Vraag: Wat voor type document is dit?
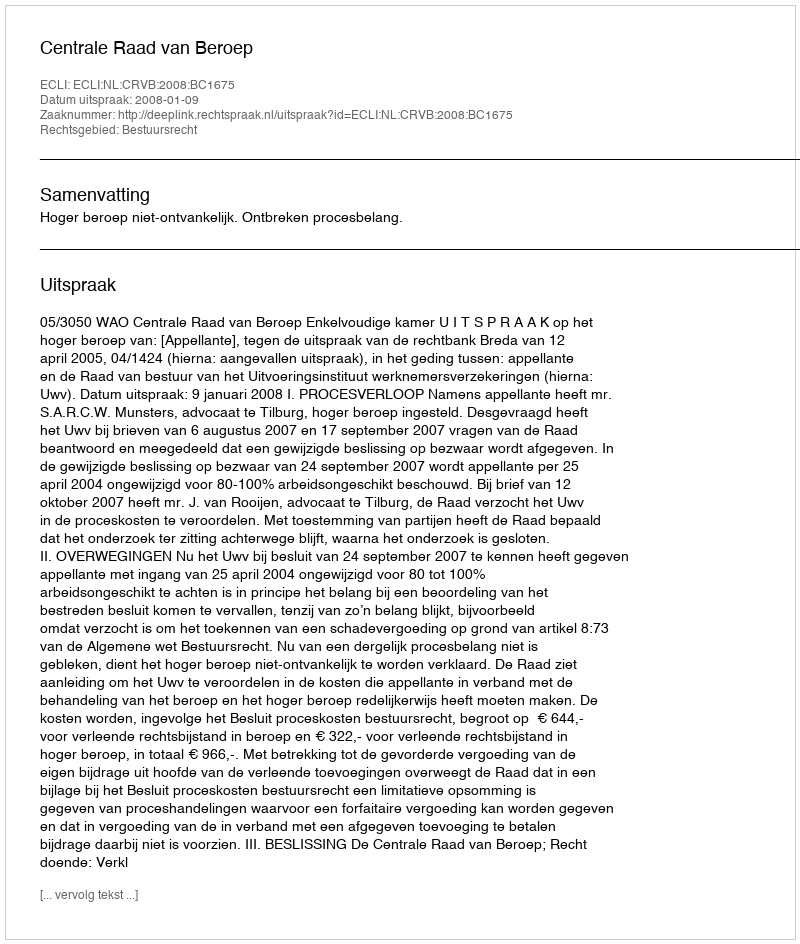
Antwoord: Uitspraak